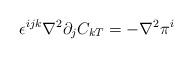
LaTeX: \begin{align*}\epsilon^{ijk} \nabla^2 \partial_j C_{kT}= -\nabla^2 \pi^i\end{align*}